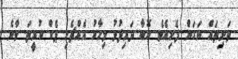
ތަށިތައް ނަގަން ފެށިއެވެ. ކޮބާ ދަރިފުޅު މިހާރު އެއްޗެހި ޕެކް ކުރީތަ. ވާނެ